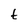
Character: t